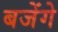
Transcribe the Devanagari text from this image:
बजेंगे